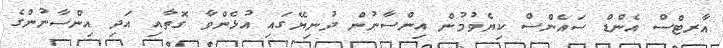
އާރޓްސް އެންޑް ސައެންސް ކިޔެވުމުން އިންސާނުން ދުނިޔޭގައި އުޅެންވާ ގޮތާއި އަދި އިންސާނުންގެ